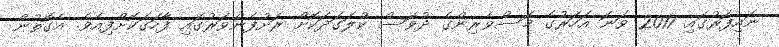
ނައިފަރުގައި 2017 ވަނަ އަހަރުގެ މަސްވެރިންގެ ދުވަސް ކުލަގަދަކޮށް ރަށުފެންވަރުގައި ފާހަގަކޮށްފިއެވެ. އެގޮތުން